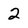
Character: 2